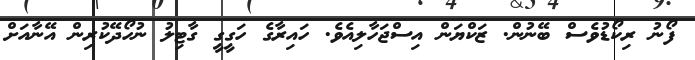
ފޯނު ރިކޯޑުވެސް ބޭނުން. ޒަކްޔަން އިސްޖަހާލިއެވެ. ހައިރާގެ ހަގީގީ ގާޓިލު ނުހޯދޭކުރިން އޭނާއަށް